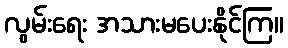
လွမ်းရေး အသားမပေးနိုင်ကြ။